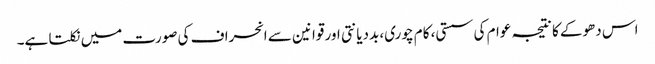
اس دھوکے کا نتیجہ عوام کی سستی، کام چوری، بددیانتی اور قوانین سے انحراف کی صورت میں نکلتا ہے۔